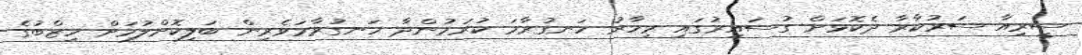
ސީރިއާ ސަރުކާރާ ދެކޮޅަށް ގުސައިރުގައި މިހާރު ހަނގުރާމަ ކުރަމުންދާ ހަނގުރާމަވެރިން ބަލިކޮށްލުމަށް ހިޒްބުގެ